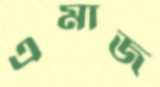
এমাজ